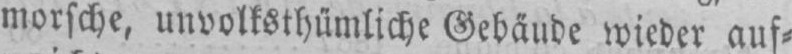
morsche, unvolksthümliche Gebäude wieder auf⸗